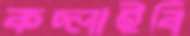
কচ্‌লাইবি